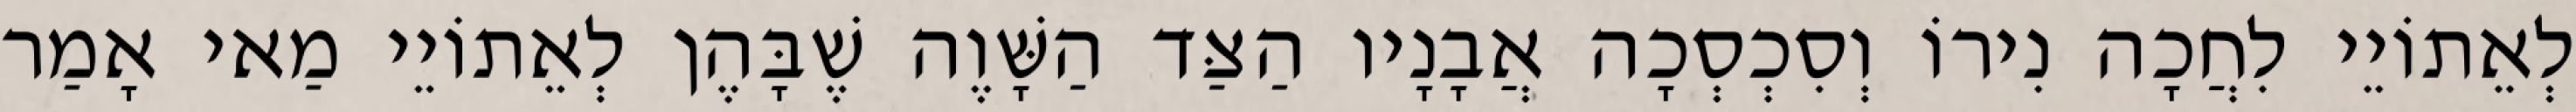
לְאֵתוֹיֵי לִחֲכָה נִירוֹ וְסִכְסְכָה אֲבָנָיו הַצַּד הַשָּׁוֶה שֶׁבָּהֶן לְאֵתוֹיֵי מַאי אָמַר